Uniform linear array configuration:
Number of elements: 16
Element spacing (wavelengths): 1
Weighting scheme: blackman
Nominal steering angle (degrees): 0
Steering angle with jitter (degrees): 0.9222
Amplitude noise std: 0.05
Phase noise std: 0.05

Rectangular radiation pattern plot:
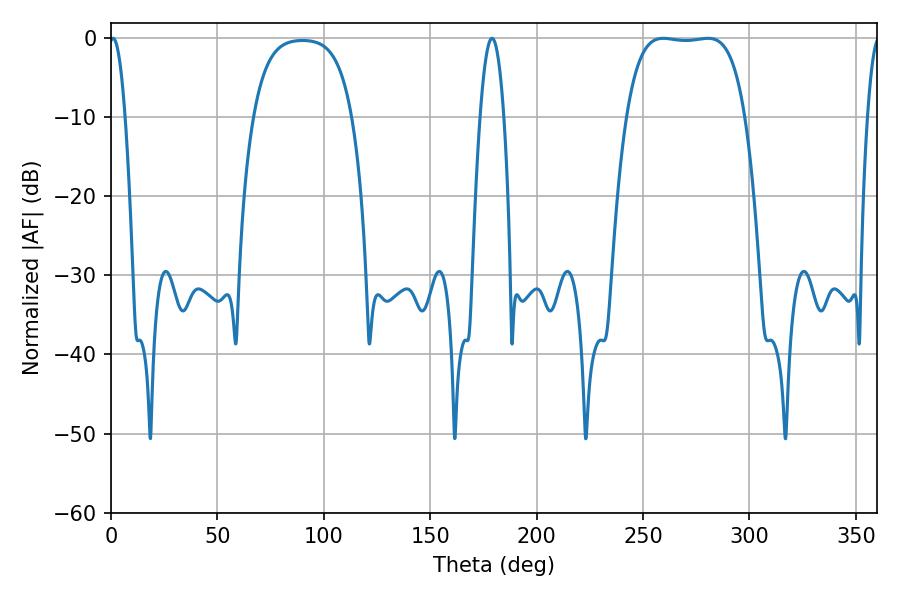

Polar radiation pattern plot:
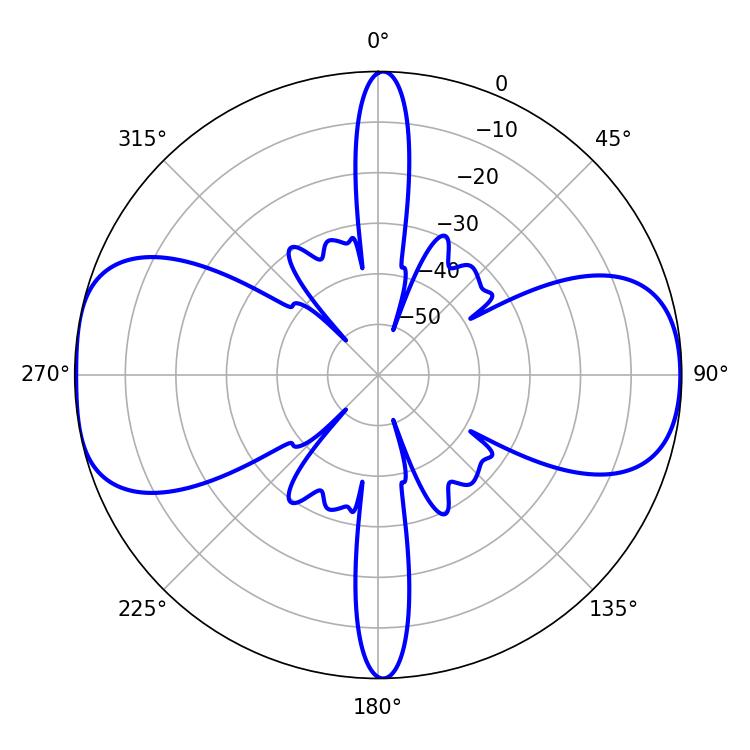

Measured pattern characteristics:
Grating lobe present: TRUE
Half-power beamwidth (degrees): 43.56
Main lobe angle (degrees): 259.56